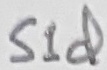
Text: S1d